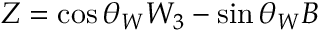
Z = \cos \theta _ { W } W _ { 3 } - \sin \theta _ { W } B